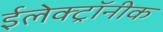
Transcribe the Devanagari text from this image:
ईलेक्ट्रॉनीक